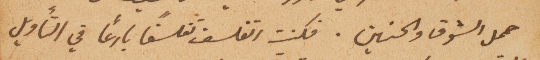
حمل الشوق والحنين. فكنت اتفلسف تفلسفاً بارعاً في التأويل